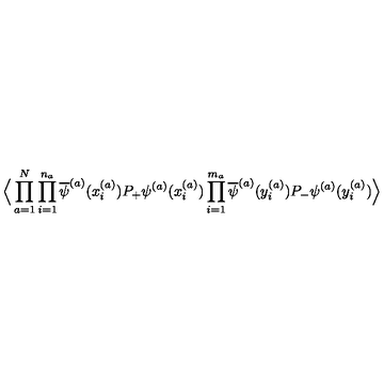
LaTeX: \Big \langle \prod _ { a = 1 } ^ { N } \prod _ { i = 1 } ^ { n _ { a } } \overline { { \psi } } ^ { ( a ) } ( x _ { i } ^ { ( a ) } ) P _ { + } \psi ^ { ( a ) } ( x _ { i } ^ { ( a ) } ) \prod _ { i = 1 } ^ { m _ { a } } \overline { { \psi } } ^ { ( a ) } ( y _ { i } ^ { ( a ) } ) P _ { - } \psi ^ { ( a ) } ( y _ { i } ^ { ( a ) } ) \Big \rangle